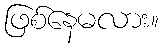
ဖြစ်နေမလား။